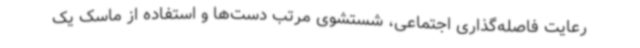
رعایت فاصله‌گذاری اجتماعی، شستشوی مرتب دست‌ها و استفاده از ماسک یک